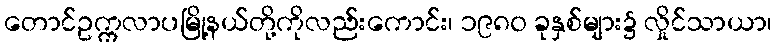
တောင်ဥက္ကလာပမြို့နယ်တို့ကိုလည်းကောင်း၊ ၁၉၈၀ ခုနှစ်များ၌ လှိုင်သာယာ၊